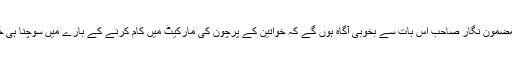
پرچون کے شعبے میں سعودی خواتین کی عدم موجودگی کی اگر بات کریں تو یہ مضمون نگار صاحب اس بات سے بخوبی آگاہ ہوں گے کہ خواتین کے پرچون کی مارکیٹ میں کام کرنے کے بارے میں سوچنا ہی خود کو ہمارے اخلاق کے نگہبان کے عہدے پرفائز کرنا اور غوغا آرائی کرنا ہے۔